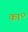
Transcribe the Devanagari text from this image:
का॰